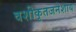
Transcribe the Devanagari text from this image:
वशीकृतजनेशाय